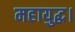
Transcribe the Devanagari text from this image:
महायुद्ध।